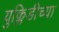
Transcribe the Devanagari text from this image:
युक्लिडीच्या